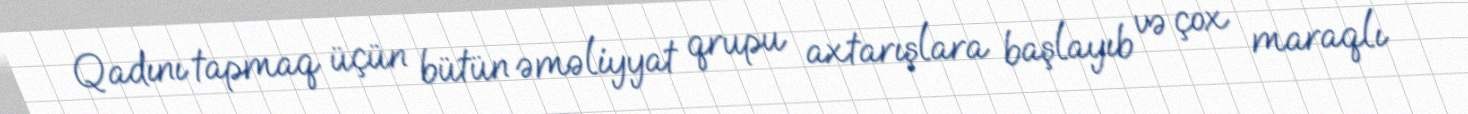
Qadını tapmaq üçün bütün əməliyyat qrupu axtarışlara başlayıb və çox maraqlı